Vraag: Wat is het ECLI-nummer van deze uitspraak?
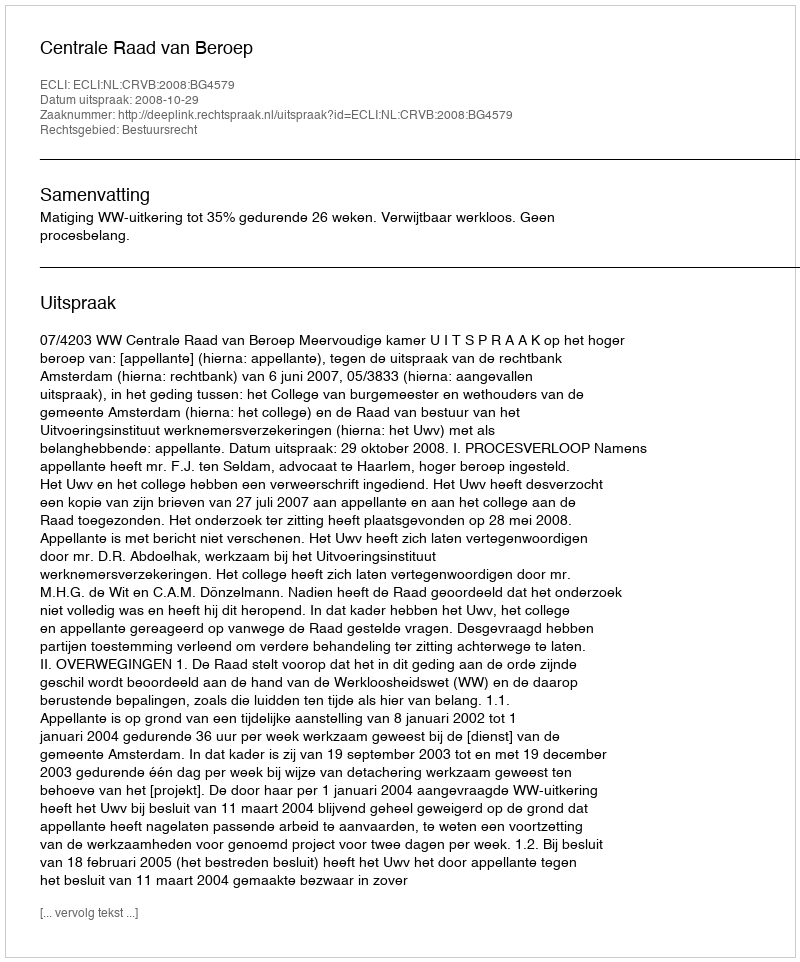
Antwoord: ECLI:NL:CRVB:2008:BG4579